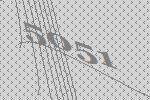
5051